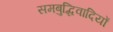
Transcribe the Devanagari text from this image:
समबुद्धिवादियों